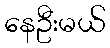
နေဦးမယ်